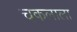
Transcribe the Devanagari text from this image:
चकलाला